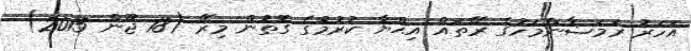
އަހަރު ރަމަޟާންމަހުގެ ރޭތައް އިޙްޔާ ކުރުމުގެ ގޮތުން މިރޭ (18 ޖޫން 2015)